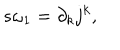
LaTeX: s \omega _ { 1 } = \partial _ { k } j ^ { k } ,